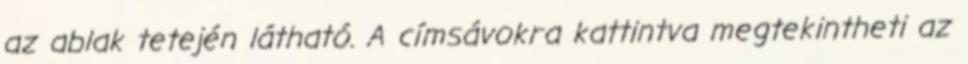
az ablak tetején látható. A címsávokra kattintva megtekintheti az